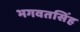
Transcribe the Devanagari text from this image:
भगवतसिंह